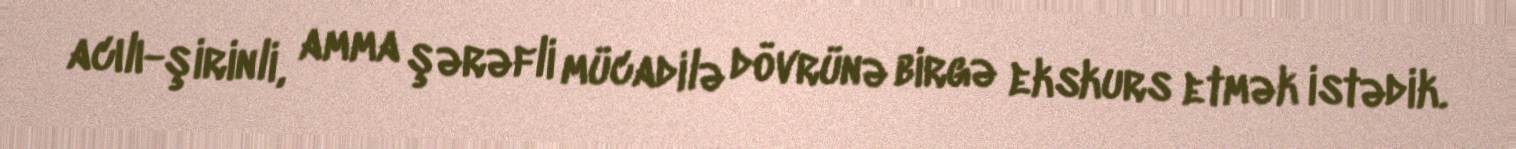
acılı-şirinli, amma şərəfli mücadilə dövrünə birgə ekskurs etmək istədik.